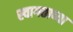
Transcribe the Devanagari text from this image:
स्वागताच्या